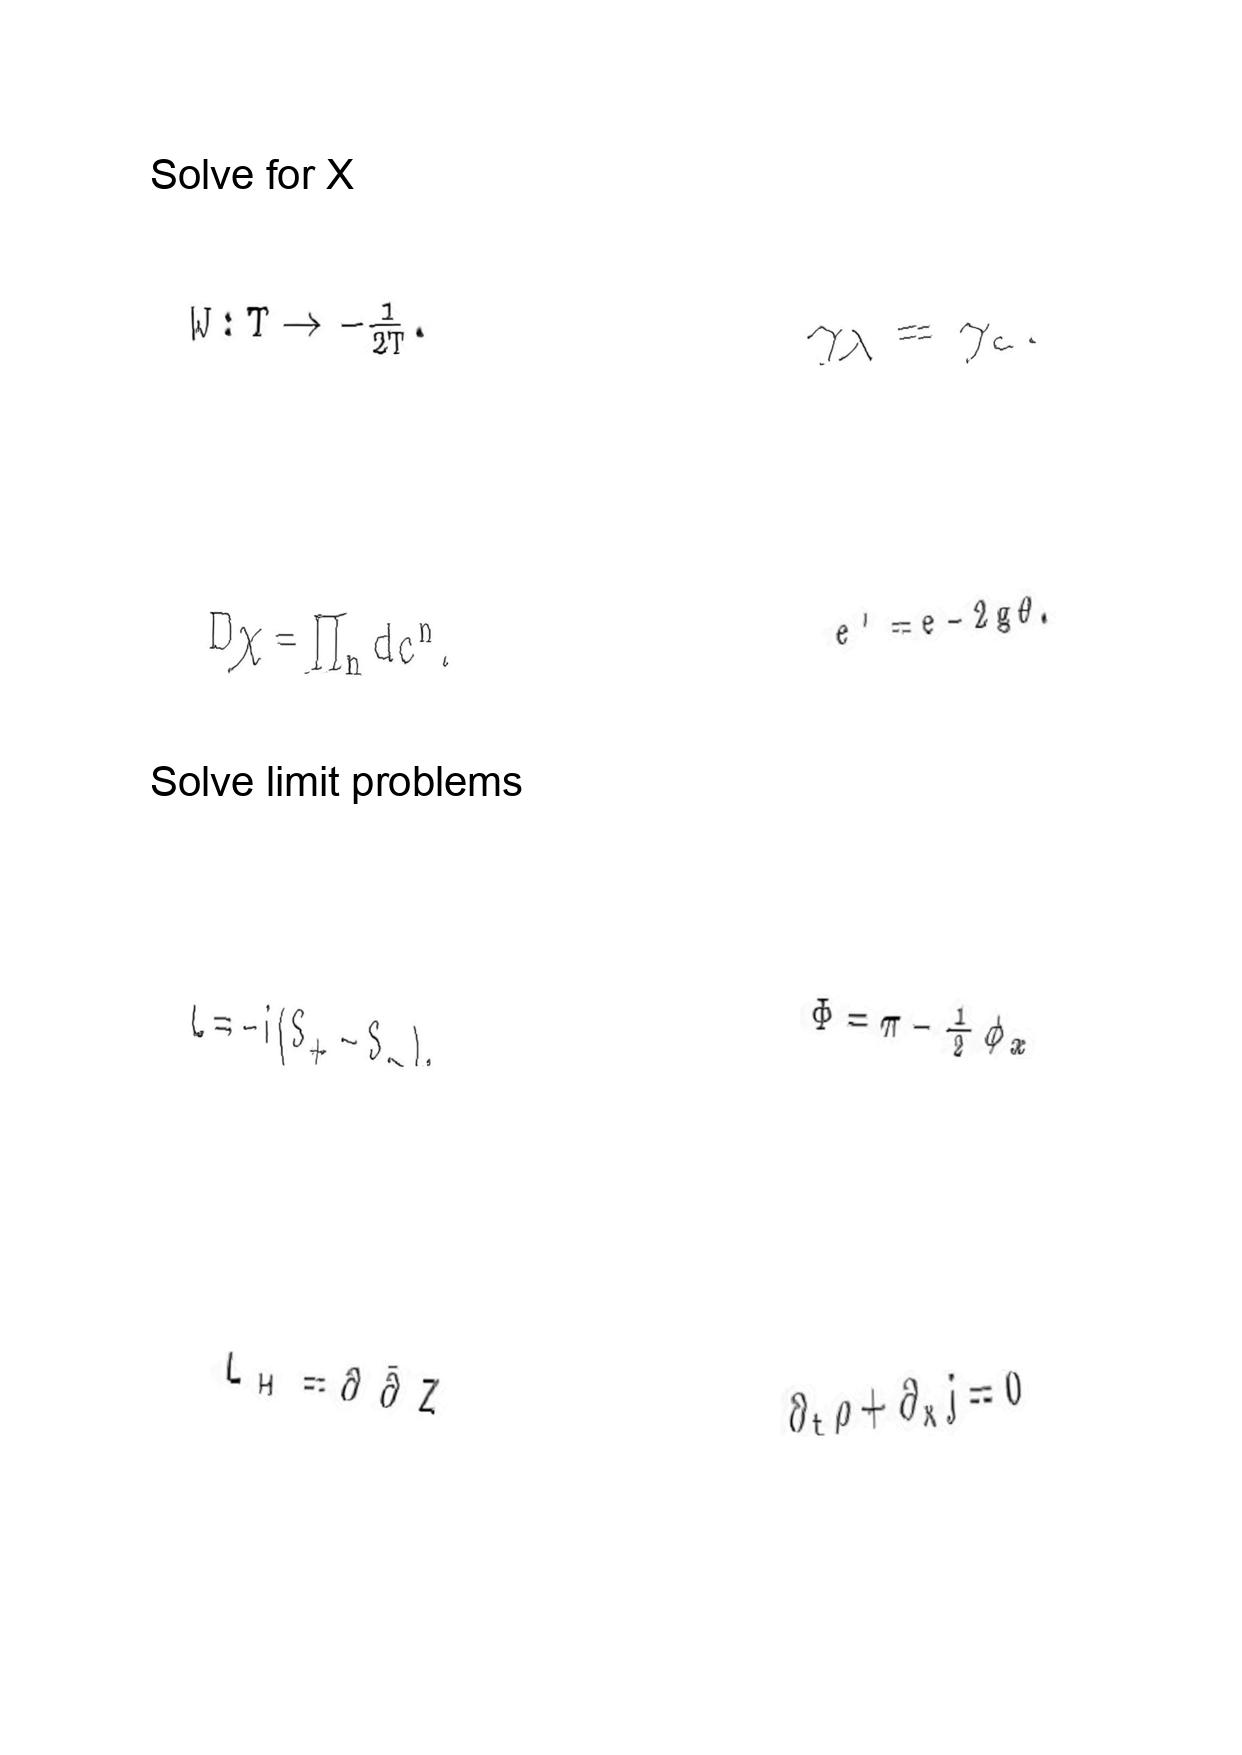
LaTeX transcription:
W : T \rightarrow - \frac { 1 } { 2 T } .
D \chi = \prod _ { n } d c ^ { n } .
L = - i \lparen S _ { + } - S _ { - } \rparen .
L _ { H } = \partial \bar { \partial } Z
\gamma _ { \lambda } = \gamma _ { c } .
e ^ { \prime } = e - 2 g \theta .
\Phi = \pi - \frac { 1 } { 2 } \phi _ { x }
\partial _ { t } \rho + \partial _ { x } j = 0